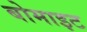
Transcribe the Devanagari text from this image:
बोमाइट